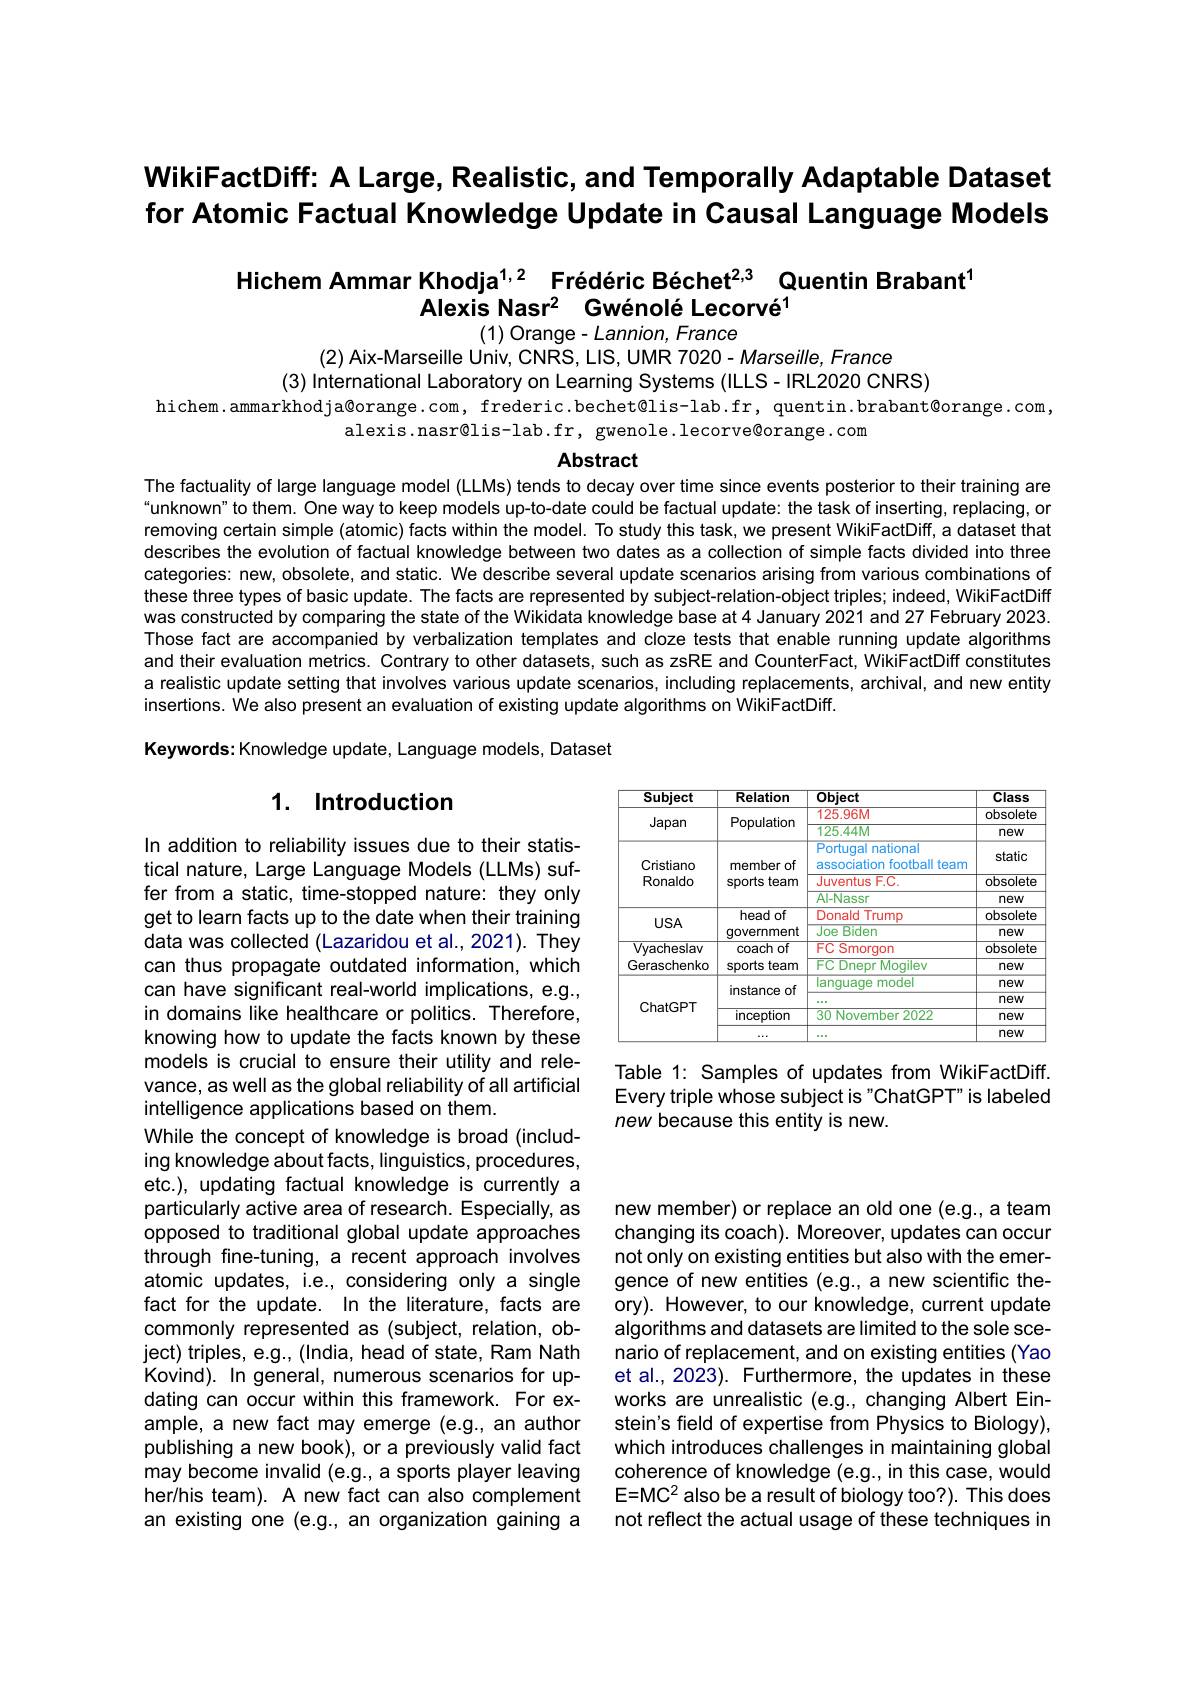
# WikiFactDiff: A Large, Realistic, and Temporally Adaptable Dataset for Atomic Factual Knowledge Update in Causal Language Models

Hichem Ammar Khodja$^{1,2}$ Frédéric Béchet$^{2,3}$ Quentin Brabant
Alexis Nasr$^2$ Gwénolé Lecorvé$^1$

(1) Orange- Lannion, France

(2) Aix-Marseille Univ, CNRS, LIS, UMR 7020- Marseille, France
(3) International Laboratory on Learning Systems (ILLS-IRL2020 CNRS)
hichem.ammarkhodja@orange.com, frederic.bechet@lis-lab.fr, quentin.brabant@orange.com,
alexis.nasr@lis-lab.fr, gwenole.lecorve@orange.com

### Abstract

The factuality of large language model (LLMs) tends to decay over time since events posterior to their training are “unknown”to them. One way to keep models up-to-date could be factual update: the task of inserting, replacing, or removing certain simple (atomic) facts within the model. To study this task, we present WikiFactDiff, a dataset that describes the evolution of factual knowledge between two dates as a collection of simple facts divided into three categories: new, obsolete, and static. We describe several update scenarios arising from various combinations of these three types of basic update. The facts are represented by subject-relation-object triples; indeed, WikiFactDiff was constructed by comparing the state of the Wikidata knowledge base at 4 January 2021 and 27 February 2023. Those fact are accompanied by verbalization templates and cloze tests that enable running update algorithms and their evaluation metrics. Contrary to other datasets, such as zsRE and CounterFact, WikiFactDiff constitutes a realistic update setting that involves various update scenarios, including replacements, archival, and new entity insertions. We also present an evaluation of existing update algorithms on WikiFactDiff.

Keywords: Knowledge update, Language models, Dataset

## 1. Introduction

<table>
	<tbody>
		<tr>
			<th>Subject</th>
			<th>Relation</th>
			<th>Object</th>
			<th>$\overline{Class}$</th>
		</tr>
		<tr>
			<td rowspan="2">Japan</td>
			<td rowspan="2">Population</td>
			<td>125.96M</td>
			<td>obsolete</td>
		</tr>
		<tr>
			<td>125.44M</td>
			<td>new</td>
		</tr>
		<tr>
			<td rowspan="3">Cristiano Ronaldo</td>
			<td rowspan="3">member of sports team</td>
			<td>Portugal national association football ll team</td>
			<td>static</td>
		</tr>
		<tr>
			<td>Juventus $F.C.$</td>
			<td>obsolete</td>
		</tr>
		<tr>
			<td>Al-Nassr</td>
			<td>new</td>
		</tr>
		<tr>
			<td rowspan="2">$USA$</td>
			<td rowspan="2">head of government</td>
			<td>Donald Trump</td>
			<td>obsolete</td>
		</tr>
		<tr>
			<td>Joe Biden</td>
			<td>new</td>
		</tr>
		<tr>
			<td>Vyacheslav</td>
			<td>coach of</td>
			<td>FC Smorgon</td>
			<td>obsolete</td>
		</tr>
		<tr>
			<td>Geraschenko</td>
			<td>sports team</td>
			<td>FC Dnepr Mogilev</td>
			<td>new</td>
		</tr>
		<tr>
			<td rowspan="4">ChatGPT</td>
			<td rowspan="2">instance of 1</td>
			<td>language model</td>
			<td>new</td>
		</tr>
		<tr>
			<td>0 0 $w$</td>
			<td>new</td>
		</tr>
		<tr>
			<td>inception</td>
			<td>30 November 2022</td>
			<td>new</td>
		</tr>
		<tr>
			<td> </td>
			<td> </td>
			<td>new</td>
		</tr>
	</tbody>
</table>

Table 1: Samples of updates from WikiFactDiff. Every triple whose subject is"ChatGPT" is labeled new because this entity is new.

In addition to reliability issues due to their statistical nature, Large Language Models (LLMs) suffer from a static, time-stopped nature: they only get to learn facts up to the date when their training data was collected (Lazaridou et al., 2021). They can thus propagate outdated information, which can have significant real-world implications, e.g., in domains like healthcare or politics. Therefore, knowing how to update the facts known by these models is crucial to ensure their utility and relevance, as well as the global reliability of all artificial intelligence applications based on them.
While the concept of knowledge is broad (including knowledge about facts, linguistics, procedures, etc.), updating factual knowledge is currently a particularly active area of research. Especially, as opposed to traditional global update approaches through fine-tuning, a recent approach involves atomic updates, i.e., considering only a single fact for the update. In the literature, facts are commonly represented as (subject, relation, object) triples, e.g., (India, head of state, Ram Nath Kovind). In general, numerous scenarios for updating can occur within this framework. For example, a new fact may emerge (e.g., an author publishing a new book), or a previously valid fact may become invalid (e.g., a sports player leaving her/his team). A new fact can also complement an existing one (e.g., an organization gaining a

new member) or replace an old one (e.g., a team changing its coach). Moreover, updates can occur not only on existing entities but also with the emergence of new entities (e.g., a new scientific theory). However, to our knowledge, current update algorithms and datasets are limited to the sole scenario of replacement, and on existing entities (Yao et al., 2023). Furthermore, the updates in these works are unrealistic (e.g., changing Albert Einstein's field of expertise from Physics to Biology), which introduces challenges in maintaining global coherence of knowledge (e.g., in this case, would $E=MC^{2} also be a result of biology too?). This does$ not reflect the actual usage of these techniques in